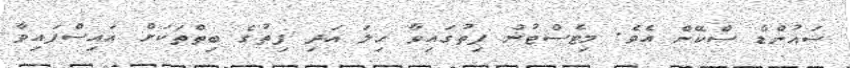
ސައުންޑް ސްކޭން އެވެ. މިޓެސްޓުން ފިތުގައިވާ ހިލަ އަދި ފިތުގެ ބިތްތަކަށް އައިސްފައިވާ